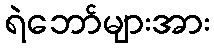
ရဲဘော်များအား